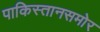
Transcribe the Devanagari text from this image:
पाकिस्तानसमोर